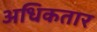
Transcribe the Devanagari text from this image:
अधिकतार